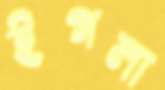
ইগলা